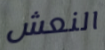
النعش